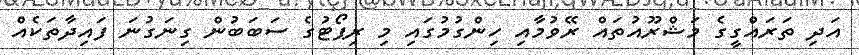
އަދި ތަރައްގީގެ މަޝްރޫއުތައް ރޭވުމާއި ހިންގުމުގައި މި ރިޕޯޓުގެ ސަބަބުން ގިނަގުނަ ފައިދާތަކެއް